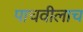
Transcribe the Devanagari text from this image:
पाचवीलाच